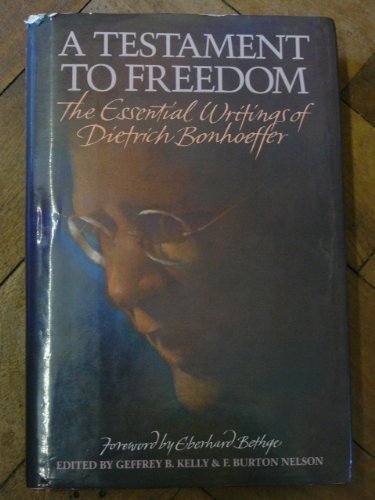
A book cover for A Testament to Freedom: The Essential Writings of Dietrich Bonhoeffer; Dietrich Bonhoeffer; Christian Books & Bibles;